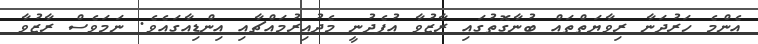
އެންމެ ހަރުދަނާ ރިވާޔަތްތައް ބުނާގޮތުގައި ރާޒުވާ އުފެދުނީ މެދުއިރުމައްޗާއި އިންޑިއާގައެވެ. ނަމަވެސް ރާޒުވާ